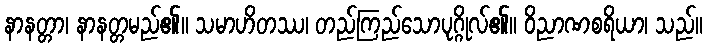
နာနတ္တာ၊ နာနတ္တမည်၏။ သမာဟိတဿ၊ တည်ကြည်သောပုဂ္ဂိုလ်၏။ ဝိညာဏစရိယာ၊ သည်။